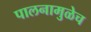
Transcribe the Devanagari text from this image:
पालनामुळेच